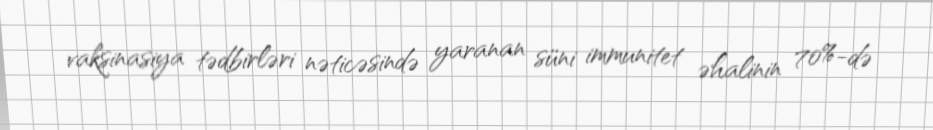
vaksinasiya tədbirləri nəticəsində yaranan süni immunitet əhalinin 70%-də